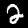
Label: 2